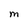
Character: M